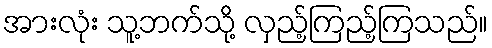
အားလုံး သူ့ဘက်သို့ လှည့်ကြည့်ကြသည်။